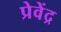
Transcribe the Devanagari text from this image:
प्रेवेंद्र